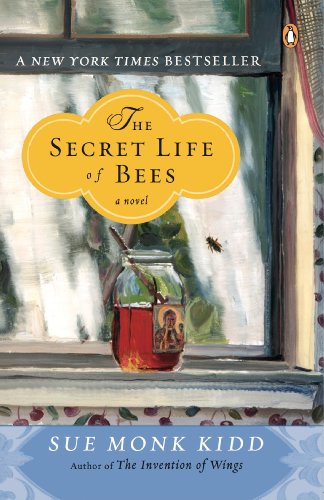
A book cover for The Secret Life of Bees; Sue Monk Kidd; Mystery, Thriller & Suspense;